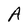
Character: A